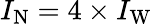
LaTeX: I_{\mathrm{N}}=4\times I_{\mathrm{W}}